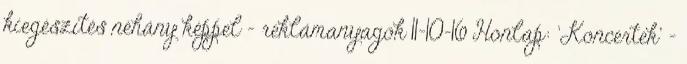
kiegészítés néhány képpel - reklámanyagok 11-10-16 Honlap: 'Koncertek' -